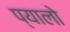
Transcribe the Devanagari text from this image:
प्यालो